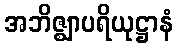
အဘိဇ္ဈာပရိယုဋ္ဌာနံ